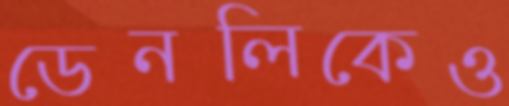
ডেনলিকেও